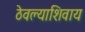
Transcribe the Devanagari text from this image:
ठेवल्याशिवाय